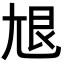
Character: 𡯣